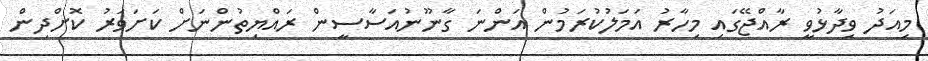
މިއަދު ވިދާޅުވީ ރާއްޖޭގައި މިހާރު އަމަލުކުރަމުން އަންނަ ގާނޫނުއަސާސީން ރައްޔިތުންނަށް ކަށަވަރު ކޮށްދިން